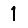
Digit: 1